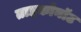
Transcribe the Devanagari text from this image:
ताइकोनॉट